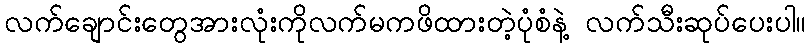
လက်ချောင်းတွေအားလုံးကိုလက်မကဖိထားတဲ့ပုံစံနဲ့ လက်သီးဆုပ်ပေးပါ။